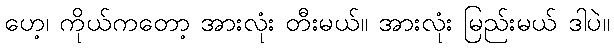
ဟေ့၊ ကိုယ်ကတော့ အားလုံး တီးမယ်။ အားလုံး မြည်းမယ် ဒါပဲ။